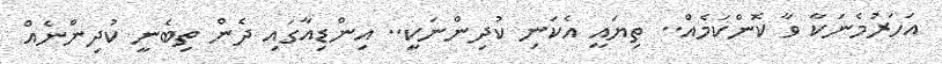
އަހަރުމެނަކާ ވާ ކޮންކަމެއް.. ތިޔައީ އެކަނި ކުދިންނަކީ.. އިންޑިއާގައި ދެން ތިބެނީ ކުދިންނެއް